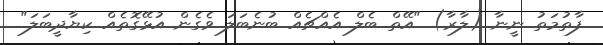
ފާތުމަތު ނީނާ (ލާރާ) "އޭތް ބެލް އެއްޗެއް ބުނެބަލަ ވެގެން އުޅޭގޮތެއް ކިޔާދީބަލަ"